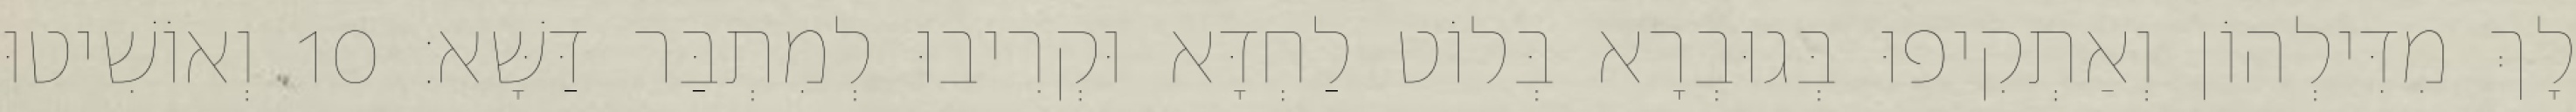
לָךְ מִדִּילְהוֹן וְאַתְקִיפוּ בְּגוּבְרָא בְּלוֹט לַחְדָּא וּקְרִיבוּ לְמִתְבַּר דַּשָּׁא׃ 10 וְאוֹשִׁיטוּ